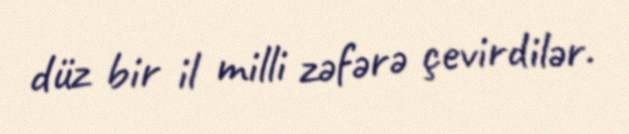
düz bir il milli zəfərə çevirdilər.